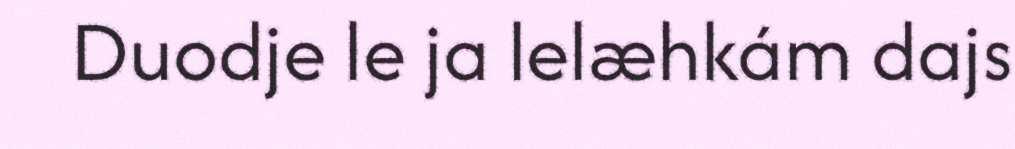
Duodje le ja lelæhkám dajs